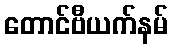
တောင်ဗီယက်နမ်